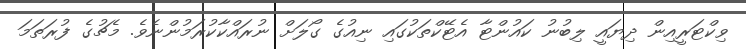
ވިކްޓަރީއިން ދިޔައީ ލިބުނު ކައުންޓާ އެޓޭކްތަކުގައި ނިއުގެ ގޯލަށް ނުރައްކާކުރަމުންނެވެ. މެޗުގެ ފުރަތަމަ